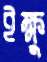
ইক্ষু